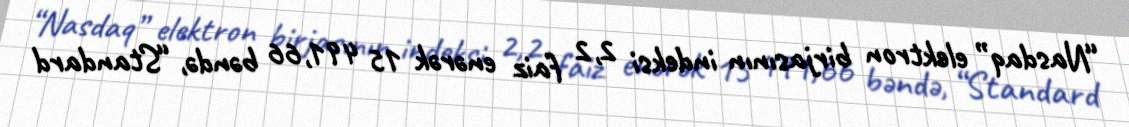
“Nasdaq” elektron birjasının indeksi 2,2 faiz enərək 15 491,66 bəndə, “Standard